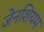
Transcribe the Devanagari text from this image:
जेनशियम